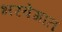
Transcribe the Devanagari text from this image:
भरवेगात